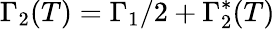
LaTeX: \Gamma_{2}(T)=\Gamma_{1}/2+\Gamma_{2}^{*}(T)